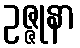
ဥဇ္ဇုနာ